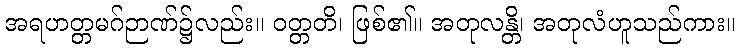
အရဟတ္တမဂ်ဉာဏ်၌လည်း။ ဝတ္တတိ၊ ဖြစ်၏။ အတုလန္တိ၊ အတုလံဟူသည်ကား။